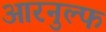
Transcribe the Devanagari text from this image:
आरनुल्फ